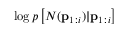
\log p \left[ N ( \mathbf { p } _ { 1 : i } ) | \mathbf { p } _ { 1 : i } \right]